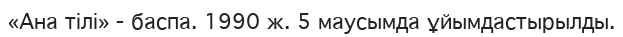
«Ана тілі» - баспа. 1990 ж. 5 маусымда ұйымдастырылды.